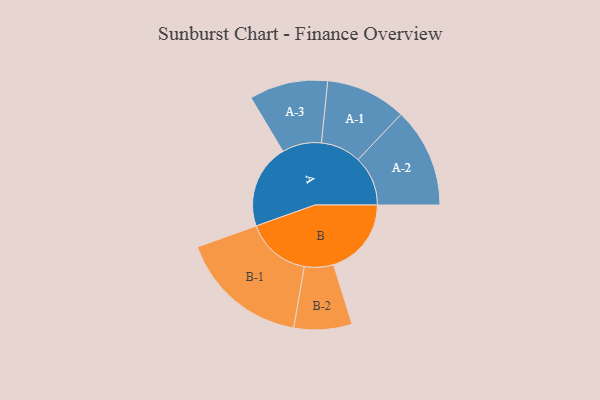
{"axis": {"x": "Segment", "y": "Value"}, "legend": ["", "A", "B"], "data": [{"x": "A", "y": 337, "type": ""}, {"x": "B", "y": 311, "type": ""}, {"x": "A-1", "y": 161, "type": "A"}, {"x": "A-2", "y": 199, "type": "A"}, {"x": "A-3", "y": 157, "type": "A"}, {"x": "B-1", "y": 259, "type": "B"}, {"x": "B-2", "y": 116, "type": "B"}]}